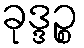
ခုဒ္ဒဉ္စ